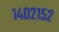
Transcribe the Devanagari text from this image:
१४०२१५२